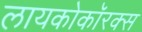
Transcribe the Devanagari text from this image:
लायकोकॉरक्स